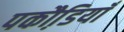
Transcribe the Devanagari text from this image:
पकौडि़याँ